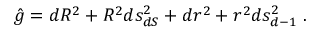
\hat { g } = d R ^ { 2 } + R ^ { 2 } d s _ { d S } ^ { 2 } + d r ^ { 2 } + r ^ { 2 } d s _ { d - 1 } ^ { 2 } \; .